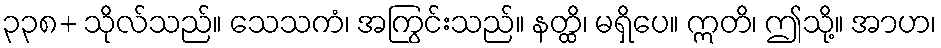
၃၃၈+ သိုလ်သည်။ သေသကံ၊ အကြွင်းသည်။ နတ္ထိ၊ မရှိပေ။ ဣတိ၊ ဤသို့။ အာဟ၊